Calcutta medical institutions reports 1871-78
Year: 1871
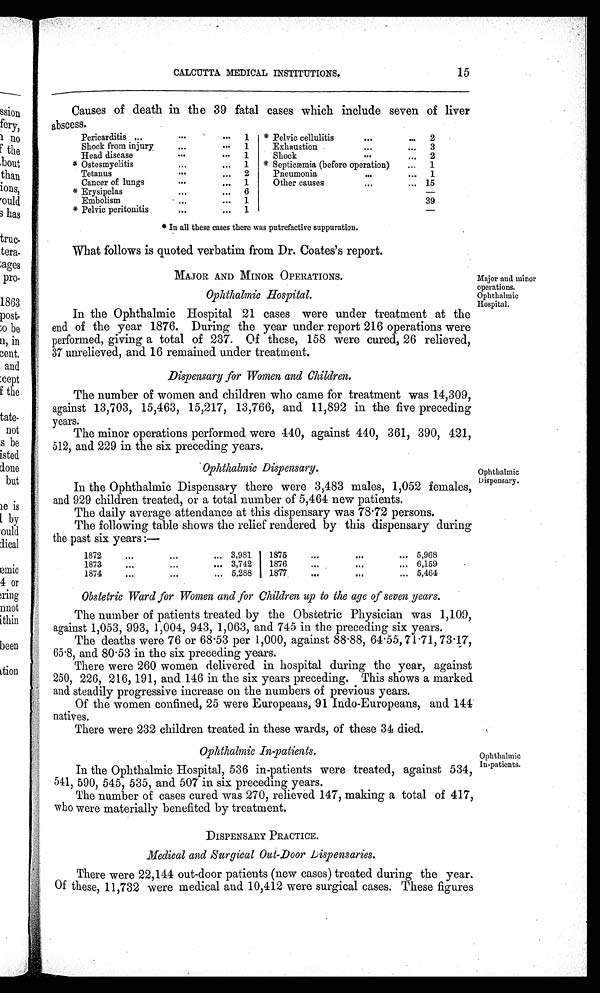
CALCUTTA MEDICAL INSTITUTIONS.
15
Causes of death in the 39 fatal cases which include seven of liver
abscess.
Pericarditis ...
. . .
. . .
1
* Pelvic cellulitis
. . .
. . . 2
Shock from injury
...
. . .
1
Exhaustion
. . .
. . . 3
Head disease
. . .
. . .
1
Shock
. . .
. . . 2
* Ostesmyelitis
...
... 1
* Septicæmia (before operation)
... 1
Tetanus
. . .
... 2
Pneumonia
...
... 1
Cancer of lungs
. . .
... 1
Other causes
. . .
. . . 15
* Erysipelas
. . .
... 6
Embolism
...
... 1
39
* Pelvic peritonitis
. . .
... 1
* In all these cases there was putrefactive suppuration.
What follows is quoted verbatim from Dr. Coates's report.
MAJOR AND MINOR OPERATIONS.
Ophthalmic Hospital.
In the Ophthalmic Hospital 21 cases were under treatment at the
end of the year 1876. During the year under report 216 operations were
performed, giving a total of 237. Of these, 158 were cured, 26 relieved,
37 unrelieved, and 16 remained under treatment.
Dispensary for Women and Children.
The number of women and children who came for treatment was 14,309,
against 13,703, 15,463, 15,217, 13,766, and 11,892 in the five preceding
years.
The minor operations performed were 440, against 440, 361, 390, 421,
512, and 229 in the six preceding years.
Ophthalmic Dispensary.
In the Ophthalmic Dispensary there were 3,483 males, 1,052 females,
and 929 children treated, or a total number of 5,464 new patients.
The daily average attendance at this dispensary was 78.72 persons.
The following table shows the relief rendered by this dispensary during
the past six years:—
1872
. . .
. . .
... 3,981 1875
. . .
. . .
... 5,968
1873
...
...
... 3,742
1876
. . .
. . .
... 6,159
1874
. . .
. . .
. . . 5,288
1877
...
. . .
. . . 5,464
Obstetric Ward for Women and for Children up to the age of seven years.
The number of patients treated by the Obstetric Physician was 1,109,
against 1,053, 993, 1,004, 943, 1,063, and 745 in the preceding six years.
The deaths were 76 or 68.53 per 1,000, against 88.88, 64.55, 71.71, 73.17,
65.8, and 80.53 in the six preceding years.
There were 260 women delivered in hospital during the year, against
250, 226, 216, 191, and 146 in the six years preceding. This shows a marked
and steadily progressive increase on the numbers of previous years.
Of the women confined, 25 were Europeans, 91 Indo-Europeans, and 144
natives.
There were 232 children treated in these wards, of these 34 died.
Ophthalmic In-patients.
In the Ophthalmic Hospital, 536 in-patients were treated, against 534,
541, 590, 545, 535, and 507 in six preceding years.
The number of cases cured was 270, relieved 147, making a total of 417,
who were materially benefited by treatment.
DISPENSARY PRACTICE.
Medical and Surgical Out-Door Dispensaries.
There were 22,144 out-door patients (new cases) treated during the year.
Of these, 11,732 were medical and 10,412 were surgical cases. These figures
Major and minor
operations.
Ophthalmic
Hospital.
Ophthalmic
Dispensary.
Ophthalmic
In-patients.